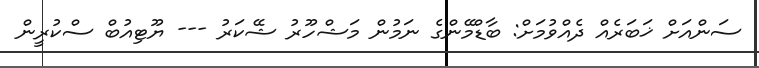
ސަންއަށް ޚަބަރެއް ދެއްވުމަށް: ބާޑްމޭންގެ ނަމުން މަޝްހޫރު ޝޭކަރު --- ޔޫޓިއުބް ސްކުރީން